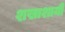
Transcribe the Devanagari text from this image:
शखाशायी